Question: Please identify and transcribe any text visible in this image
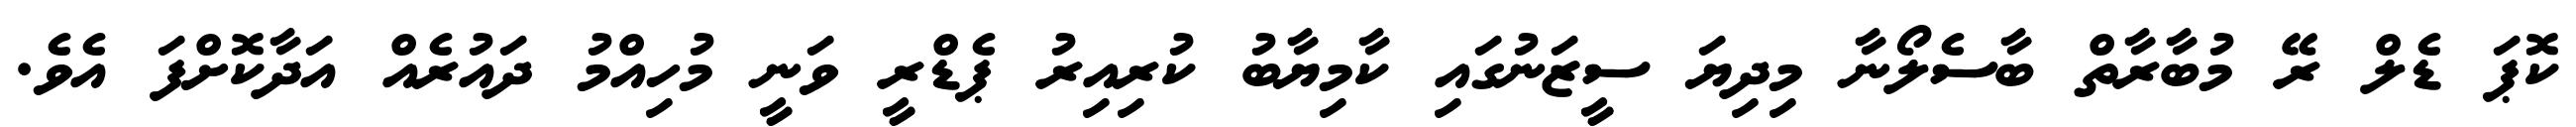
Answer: ކޮޕަ ޑެލް ރޭ މުބާރާތް ބާސެލޯނާ މިދިޔަ ސީޒަނުގައި ކާމިޔާބު ކުރިއިރު ޕެޑްރީ ވަނީ މުހިއްމު ދައުރެއް އަދާކޮށްފަ އެވެ.